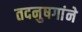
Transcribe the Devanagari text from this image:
तदनुषगांने